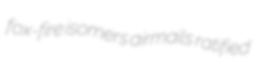
fox-fire isomers airmails ratified